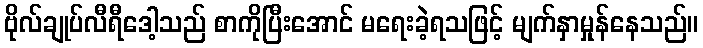
ဗိုလ်ချုပ်လီရီဒေါ့သည် စာကိုပြီးအောင် မရေးခဲ့ရသဖြင့် မျက်နှာမှုန်နေသည်။